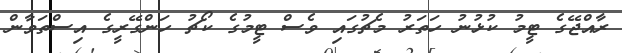
ރާއްޖޭގެ ޓީމު ކުޅުނު ހަތަރު މެޗުގައި ވެސް ޓީމުގެ ކޯޗު ހަންގޭރީގެ އިސްތަވާން